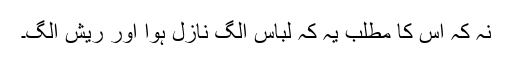
نہ کہ اس کا مطلب یہ کہ لباس الگ نازل ہوا اور ریش الگ۔